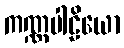
ကဏ္ဏပါဠိယော